Vaccination United Provinces of Agra and Oudh 1914-1922 - 1914-1922
Year: 1914
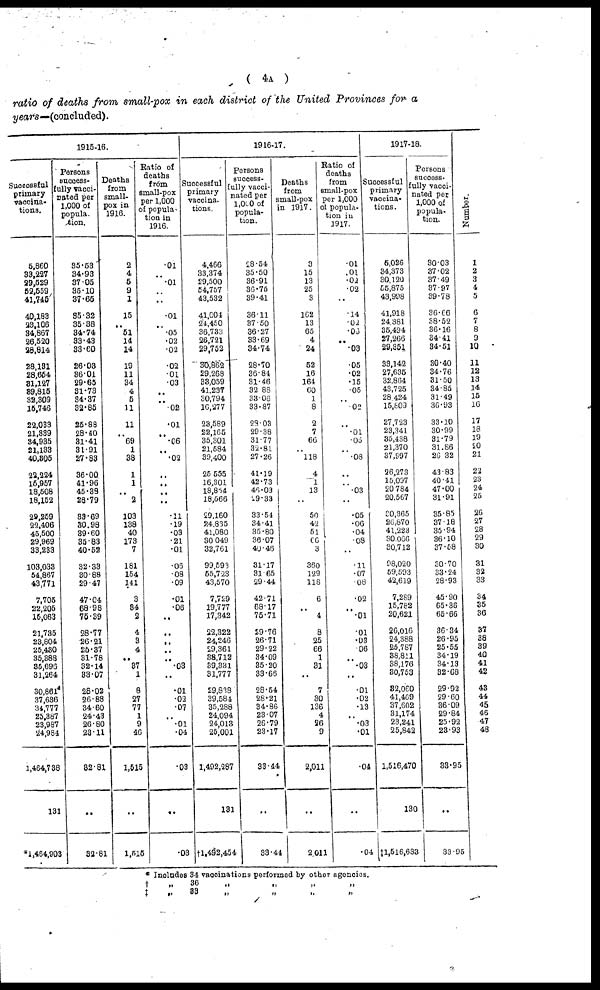
( 4A )
ratio of deaths from small-pox in each district of the United Provinces for a
years—(concluded).
1915-16.
Successful
primary
vaccina¬
tions.
5,860
33,227
29,529
52,559
41,745
40,183
23,106
34,867
26,520
28,814
28,131
28,654
31,127
39,815
32,309
15,746
22,033
21,339
34,935
21,133
40,305
22,224
15,957
18,508
18,152
29,259
22,406
45,500
29,969
33,233
103,033
54,867
43,771
7,705
22,205
15,063
21,735
23,804
25,430
35,388
35,696
31,264
30,861
37,636
34,777
25,387
23,987
24,984
1,464,738
131
1,464,903
Persons
success¬
fully vacci-
nated per
1,000 of
popula¬
tion.
35.53
34.93
37.05
35.10
37.65
35.32
35.38
34.74
33.43
33.60
26.03
36.01
29.65
31.73
34.37
32.85
25.88
28.40
31.41
31.91
27.83
36.00
41.96
45.39
28.79
33.69
30.98
39.60
35.83
40.52
32.33
30.88
29.47
47.04
68.98
75.39
28.77
26.21
25.37
31.78
32.14
33.07
28.02
26.88
34.60
24.43
26.80
23.11
32.81
..
32.81
Deaths
from
small-
pox in
1916.
2
4
5
9
1
15
..
51
14
14
19
11
34
4
5
11
11
..
69
1
38
1
1
..
2
103
138
40
173
7
181
154
141
3
34
2
4
3
4
..
37
1
8
27
77
1
9
46
1,515
..
1,515
Ratio of
deaths
from
small-pox
per 1,000
of popula¬
tion in
1916.
.01
..
.01
..
..
.01
..
.05
.02
.02
.02
.01
.03
..
..
.02
.01
..
.06
..
.02
..
..
..
..
.11
.19
.03
.21
.01
.06
.08
.09
.01
.06
..
..
..
..
.. .03
..
.01
.02
.07
..
.01
.04
.03
..
.03
1916-17.
Successful
primary
vaccina¬
tions.
4,466
33,374
29,500
54,757
43,532
41,004
24,450
36,733
26,721
29,752
30,862
29,268
33,059
41,237
30,794
16,277
23,589
22,165
35,301
21,584
39,400
25,555
16,301
18,854
18,566
29,160
24,835
41,080
30,049
32,761
99,593
55,723
43,570
7,729
19,777
17,342
22,322
24,246
29,361
38,712
39,331
31,777
29,838
39,584
35,288
24,094
24,013
25,001
1,492,287
131
†1,492,454
Persons
success¬
fully vacci-
nated per
1,000 of
popula-
tion.
28.54
35.50
36.91
36.76
39.41
36.11
37.50
36.27
33.69
34.74
28.70
36.84
31.46
32.88
33.06
33.87
28.03
29.38
31.77
32.81
27.26
41.19
42.73
46.03
29.33
33.54
34.41
35.80
36.07
40.46
31.17
31.65
29.44
42.71
68.17
75.71
29.76
26.71
29.22
34.09
35.20
33.66
28.54
28.21
34.86
23.07
26.79
23.17
33.44
..
33.44
Deaths
from
small-pox
in 1917.
3
15
13
25
3
162
13
65
4
24
52
16
164
60
1
8
2
7
66
..
118
4
1
13
..
50
42
51
66
3
360
129
118
6
..
4
8
25
66
1
31
..
7
30
136
4
26
9
2,011
..
2,011
Ratio of
deaths
from
small-pox
per 1,000
of popula-
tion in
1917.
.01
.01
.02
.02
..
.14
.02
.06
..
.03
.05
.02
.15
.05
..
.02
..
.01
.06
..
.08
..
..
.03
..
.05
.06
.04
.08
..
.11
.07
.08
.02
..
.01
.01
.03
.06
..
.03
..
.01
.02
.13
..
.03
.01
.04
..
.04
1917-18.
Successful
primary
vaccina¬
tions.
5,026
34,373
30,120
55,875
43,998
41,918
24,381
35,494
27,266
29,351
33,142
27,635
32,864
43,725
28,424
15,809
27,723
23,341
35,438
21,370
37,997
26,273
15,097
20,784
20,567
30,365
20,870
41,223
30,066
30,712
98,020
59,593
42,619
7,289
15,782
20,621
26,016
24,388
25,787
38,811
38,176
30,753
32,060
41,469
37,602
31,174
23,241
25,842
1,516,470
130
‡1,516,633
Persons
success¬
fully vacci¬
nated per
1,000 of
popula-
tion.
30.03
37.02
37.49
37.97
39.78
36.66
38.52
36.16
34.41
34.51
30.40
34.76
31.50
34.85
31.49
36.93
33.10
30.99
31.79
31.86
26.32
43.83
40.41
47.00
31.91
35.85
37.18
35.94
36.10
37.58
30.70
33.24
28.93
45.90
65.36
65.66
36.34
26.95
25.55
34.19
34.13
32.68
29.92
29.60
36.09
29.84
25.92
23.93
33.95
..
33.95
Number.
1
2
3
4
5
6
7
8
9
10
11
12
13
14
15
16
17
18
19
20
21
22
23
24
25
26
27
28
29
30
31
32
33
34
35
36
37
38
39
40
41
42
43
44
45
46
47
48
*
†
‡
Includes 34 vaccinations performed by other agencies.
„
„
36
33
„
„
„
„
„
„
„
„